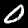
Label: 0